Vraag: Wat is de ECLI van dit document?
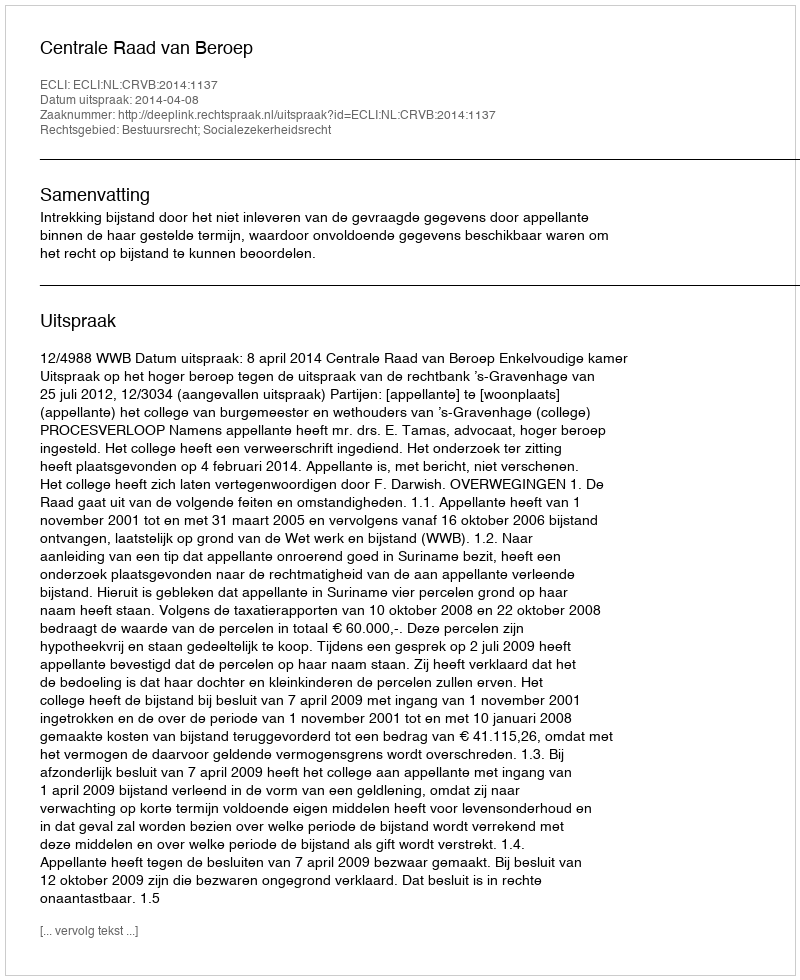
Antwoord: ECLI:NL:CRVB:2014:1137